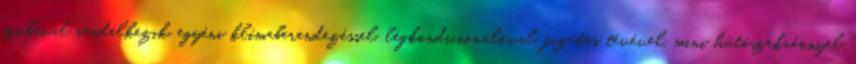
szobával rendelkezik, egyéni klímaberendezéssel, légkondicionálóval, fizetős tévével, mini hűtőszekrénnyel